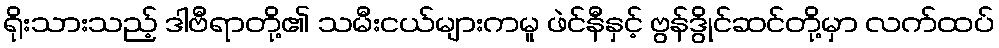
ရိုးသားသည့် ဒါဗီရာတို့၏ သမီးငယ်များကမူ ဖဲင်နီနှင့် ဗွန်ဒွိုင်ဆင်တို့မှာ လက်ထပ်